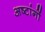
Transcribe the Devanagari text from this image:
अष्टांगों